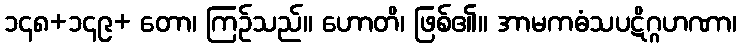
၁၄၈+၁၄၉+ တော၊ ကြဉ်သည်။ ဟောတိ၊ ဖြစ်၏။ အာမကဓံသပဋိဂ္ဂဟဏာ၊